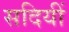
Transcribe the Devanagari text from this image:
सदियीं